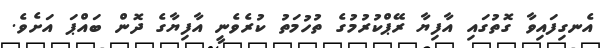
އެނގިފައިވާ ގޮތުގައި އާފިޔާ ރޭޕްކުރުމުގެ ތުހުމަތު ކުރެވެނީ އާފިޔާގެ ދޮން ބައްޕަ އަށެވެ.